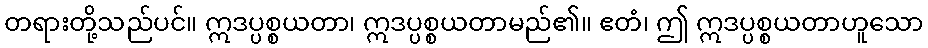
တရားတို့သည်ပင်။ ဣဒပ္ပစ္စယတာ၊ ဣဒပ္ပစ္စယတာမည်၏။ ဧတံ၊ ဤ ဣဒပ္ပစ္စယတာဟူသော